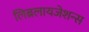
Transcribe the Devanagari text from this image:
लिब्रलायजेशन्स